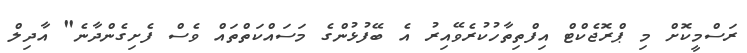
ރަސްމީކޮށް މި ޕްރޮޖެކްޓް އިފްތިތާހުކުރެވޭއިރު އެ ބޭފުޅުންގެ މަސައްކަތްތައް ވެސް ފެށިގެންދާނެ" އާދިލް